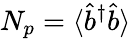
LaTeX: N_{p}=\langle\hat{b}^{\dagger}\hat{b}\rangle